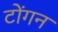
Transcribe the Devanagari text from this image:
टोंगन